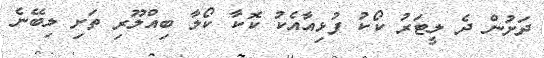
ދަށުން ދެ ލީޓަރު ކޯކު ފުޅިއާއެކު ކޮކާ ކޯލާ ބިއްލޫރި ތަށި ލިބޭނެ